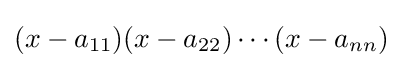
(x-a_{11})(x-a_{22})\cdots (x-a_{nn})